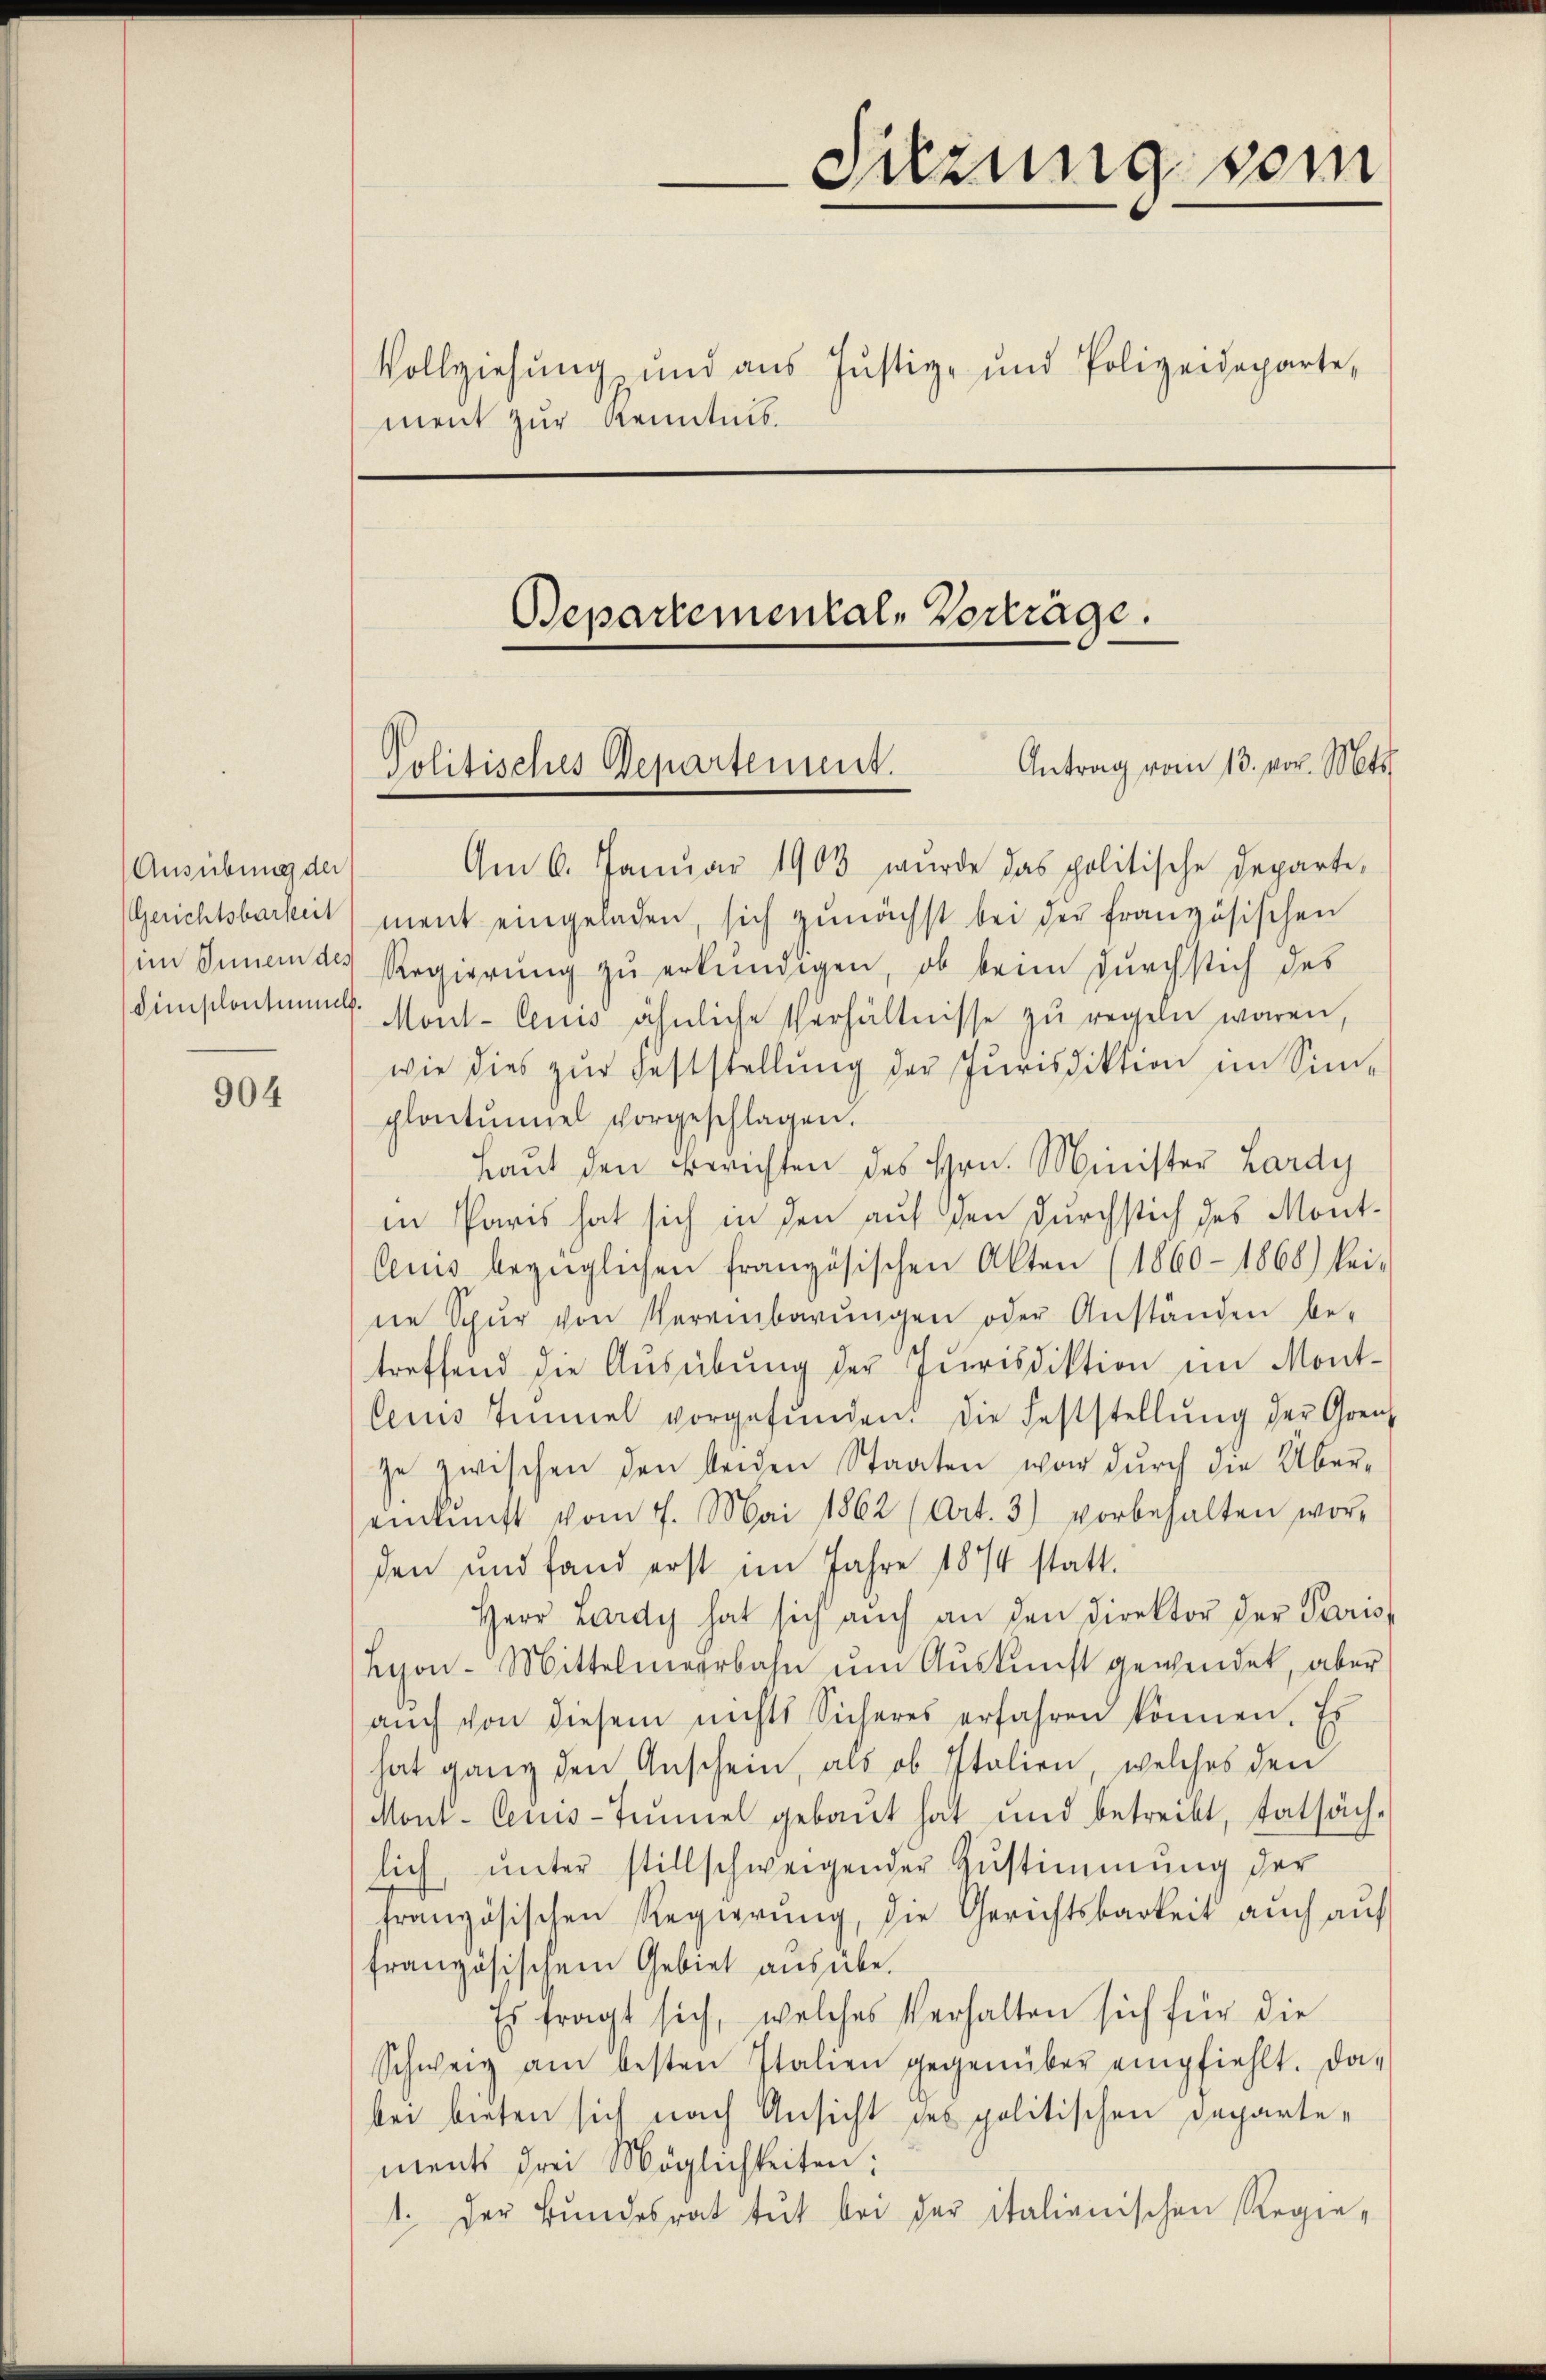
Ausübung der

904

Suzung vom
Vollziehung und aus Justiz- und Polizeideparte,
ment zur Kenntnis.

Bepartemental, Vorträge.

Antrag vom 13. vor. Mts.
Politisches Departement.

Am 6. Janŭar 1903 wurde das politische Departe,
Gerichtsbarkeit ment eingeladen, sich zunächst bei der französischen
im Innern des Regierung zu erkundigen, ob beim durchstich des
dinschontum. Mont-Ceuis ähnliche Verhältnisse zu regeln waren,
wie dies zŭr Feststellŭng der Jurisdiktion im Sin-
plantŭmel vorgeschlagen.
Laut den Berichten des Hrn. Minister Lardy
in Paris hat sich in den auf den durchstich des Mont-
Ceuis bezüglichen französischen Akten (1860 - 1868) kei-
ne Spur von Vereinbarŭngen oder Anständen be-
treffend die Ausübung der Jurisdiktion im Mont-
Ceins Zimmel vorgefŭnden. Die Feststellŭng der Grenz
ze zwischen den beiden Staaten war durch die Über-
einkunft vom 7. Mai 1862 (Art. 3) vorbehalten worden und fand erst im Jahre 1874 statt-
Herr Lardy hat sich aŭch an den Direktor der Paris,
Hyon-Mittelmeerbahn ŭm Aŭskŭnft gewendet, aber
aŭch von diesem nichts Sicheres erfahren können. Es
hat ganz den Anschein, als ob Italien, welches den
Mont. Ceuis-Tunnel gebaŭt hat und betreibt, tatsäch-
lich, unter stillschweigender Zustimmung der
französischen Regierŭng, die Gerichtsbarkeit aŭch aŭf
französischem Gebiet ausübe.
Es fragt sich, welches Verhalten sich für die
Schweiz am besten Italien gegenüber empfiehlt. Da-
bei bieten sich nach Ansicht des politischen Departements drei Möglichkeiten:
1. Der Bŭndesrat tut bei der italienischen Regie-